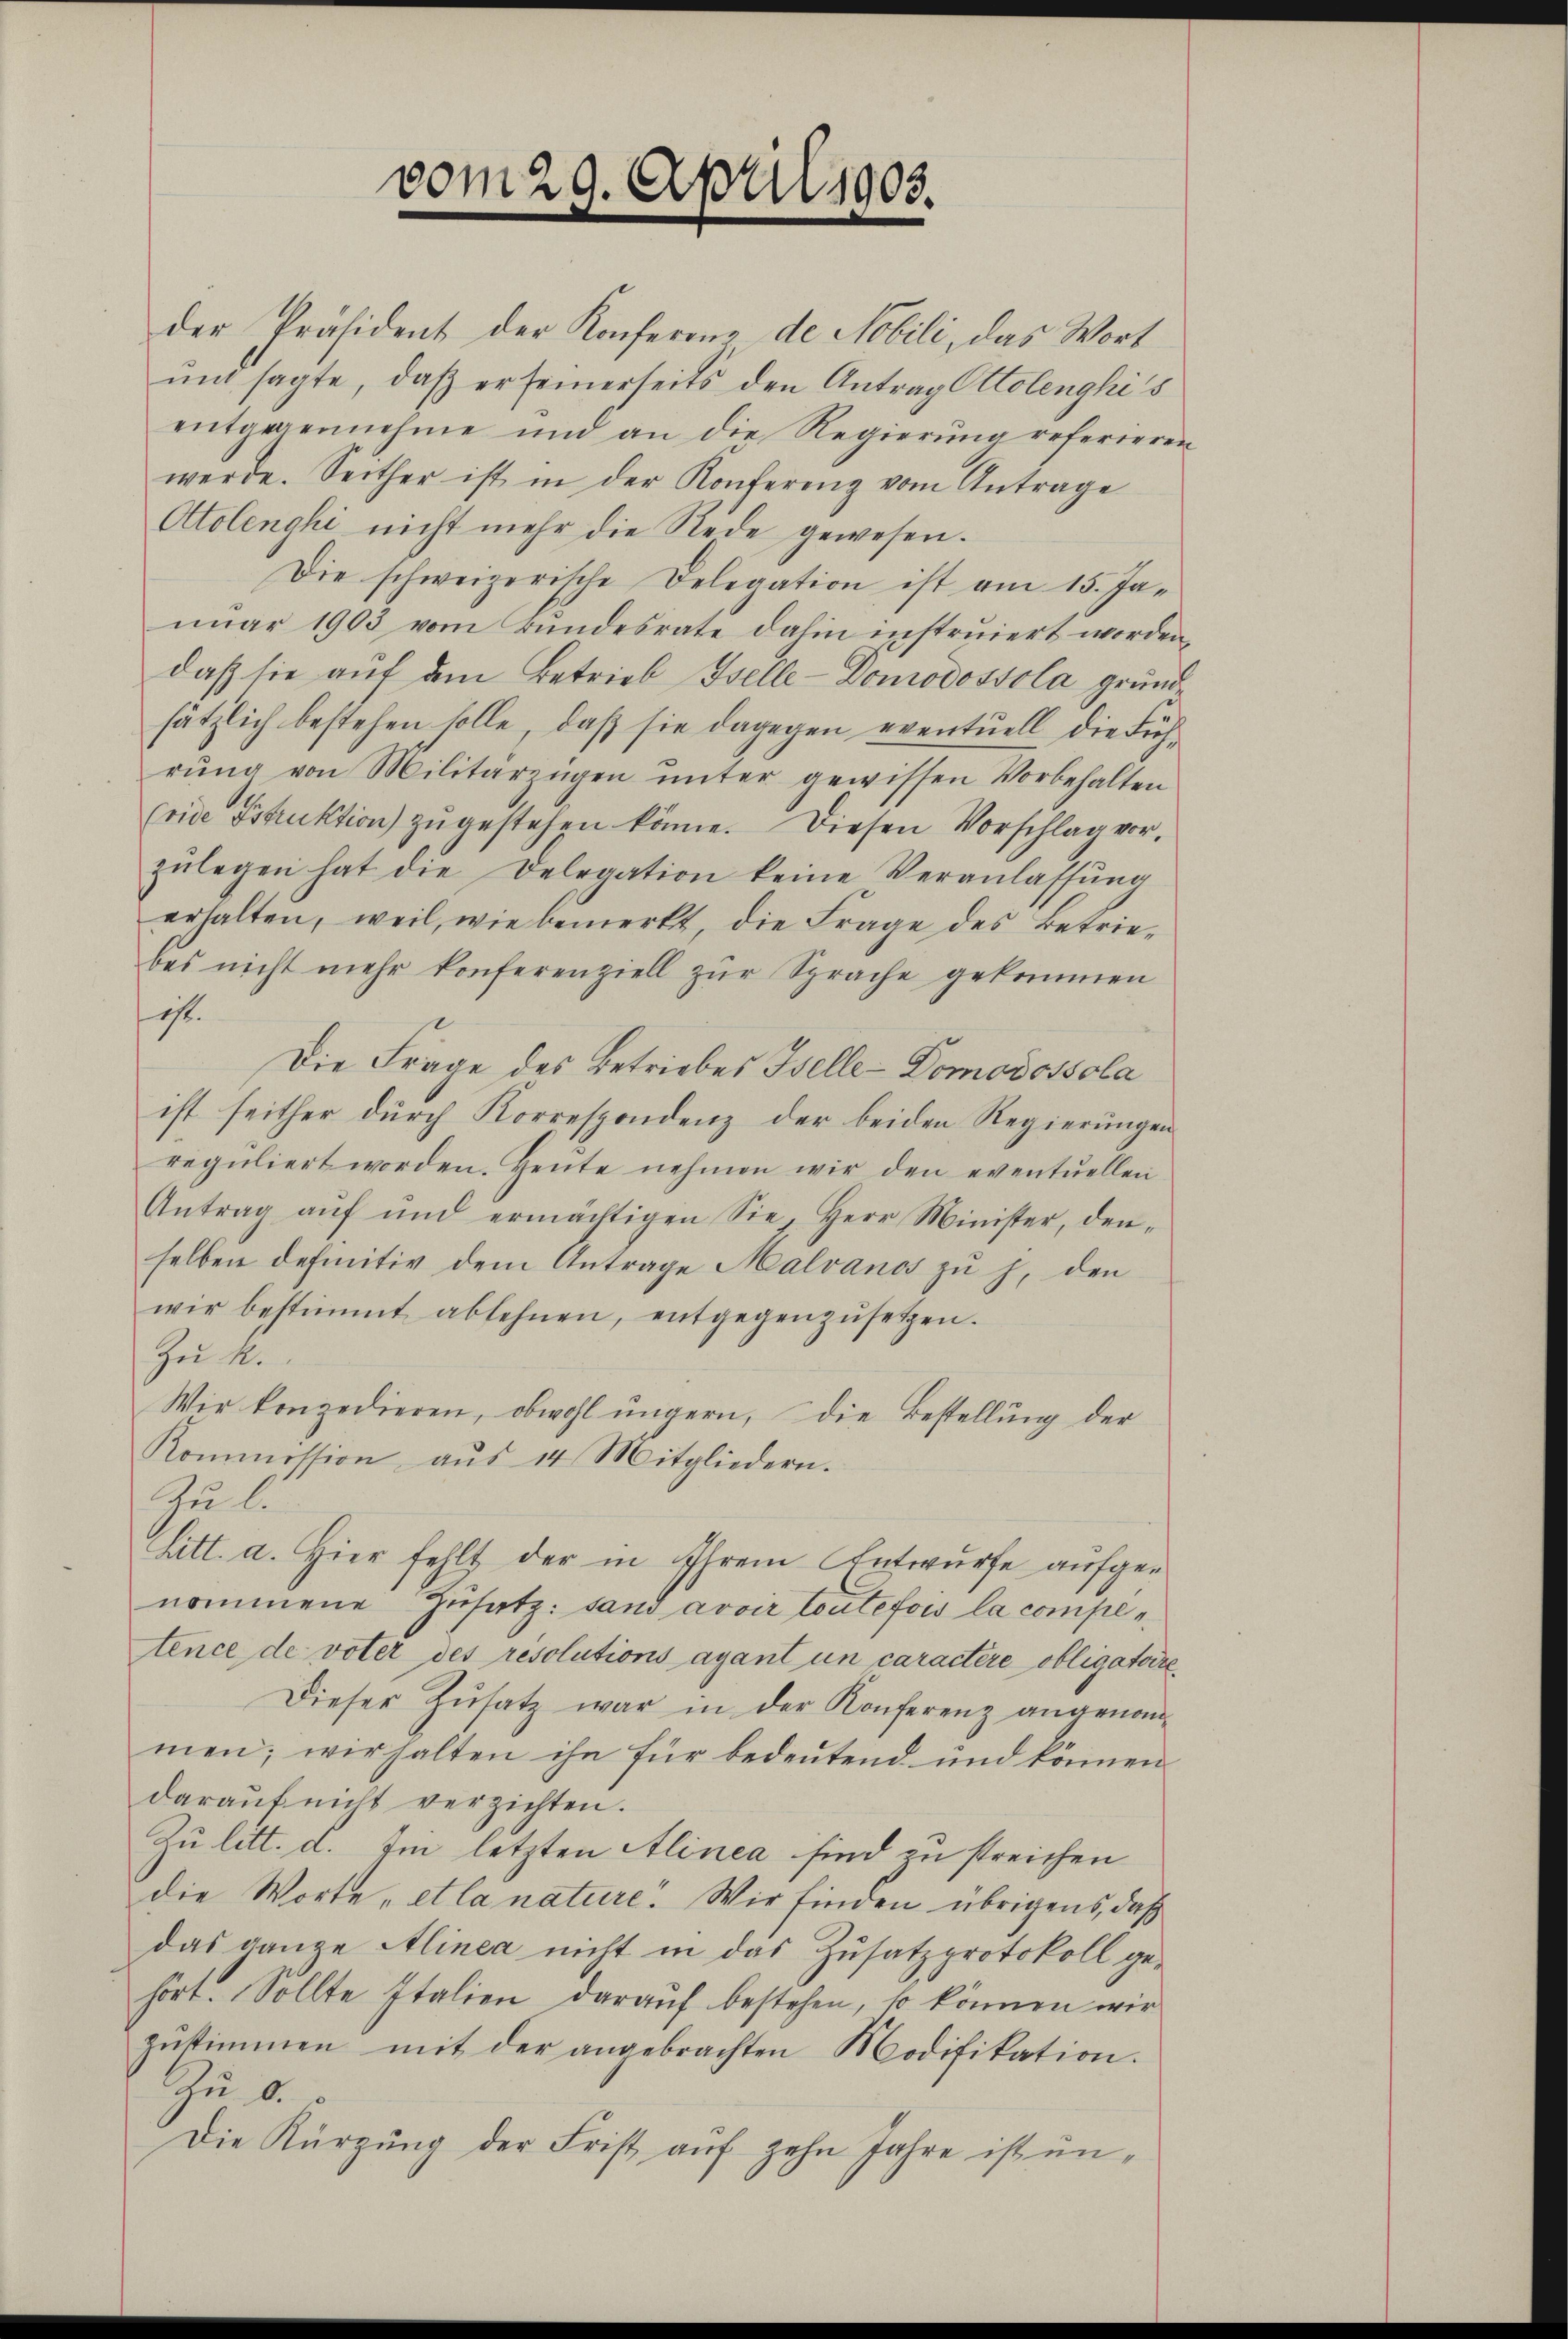
vom 29. April 1903.

der Präsident der Konferenz de Nobili, das Wort
unt sagte, daß er seinerseits den Antrag Ottolenghi's
entgegennehme und an die Regierŭng referieren
werde. Seither ist in der Konferenz vom Antrage
Otolenghi nicht mehr die Rede gewesen.
Die schweizerische Delegation ist am 15. Januar 1903 vom Bundesrate dahin instruiert worden
daß sie aŭf dem Betrieb Iselle-Domodossola gründe
sätzlich bestehen solle, daß sie dagegen eventuell die Führŭng von Militärzügen ŭnter gewissen Vorbehalten
(vide Fstruktion zŭgestehen könne. Diesen Vorschlag vor.
zŭlegen hat die Delegation keine Veranlassŭng
erhalten, weil, wie bemerkt, die Frage des Betriebes nicht mehr konferenziell zŭr Sprache gekommen
ist.
Die Frage des Betriebes selle-Domodossola
ist seither durch Korrespondenz der beiden Regierungen
regŭliert worden. Heute nehmen wir den eventuellen
Antrag aŭf und ermächtigen Sie, Herr Minister, den-
selben definitiv dem Antrage Malvanos zu h. den
wir bestimmt ablehnen, entgegenzŭsetzen.
Zu R.
Wir konzedieren, obwohl ungern, die Bestellung der
Kommission, aŭs 14 Mitgliedern.
Zu l.
Litt. a. Hier fehlt der in Ihrem Entwurfe aufgenommene Zusatz: sand avoir toutefois la comple
tence de voter des resolutions ayant un caractère obligatoire
Dieser Zŭsatz war in der Konferenz angenom-
men; wir halten ihn für bedeutend und können
daraŭf nicht verzichten.
Zu litt. d. Ein letzten Alinea sind zu streichen
die Worte „et la nature. Wir finden übrigens, daß
das ganze Alinea nicht in das Zusatzprotokoll gehört. Sollte Italien daraŭf bestehen, so können wir
zustimmen mit der angebrachten Modifikation.
Zu 6.
Die Kürzung der Frist auf zehn Jahre ist un¬